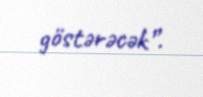
göstərəcək”.